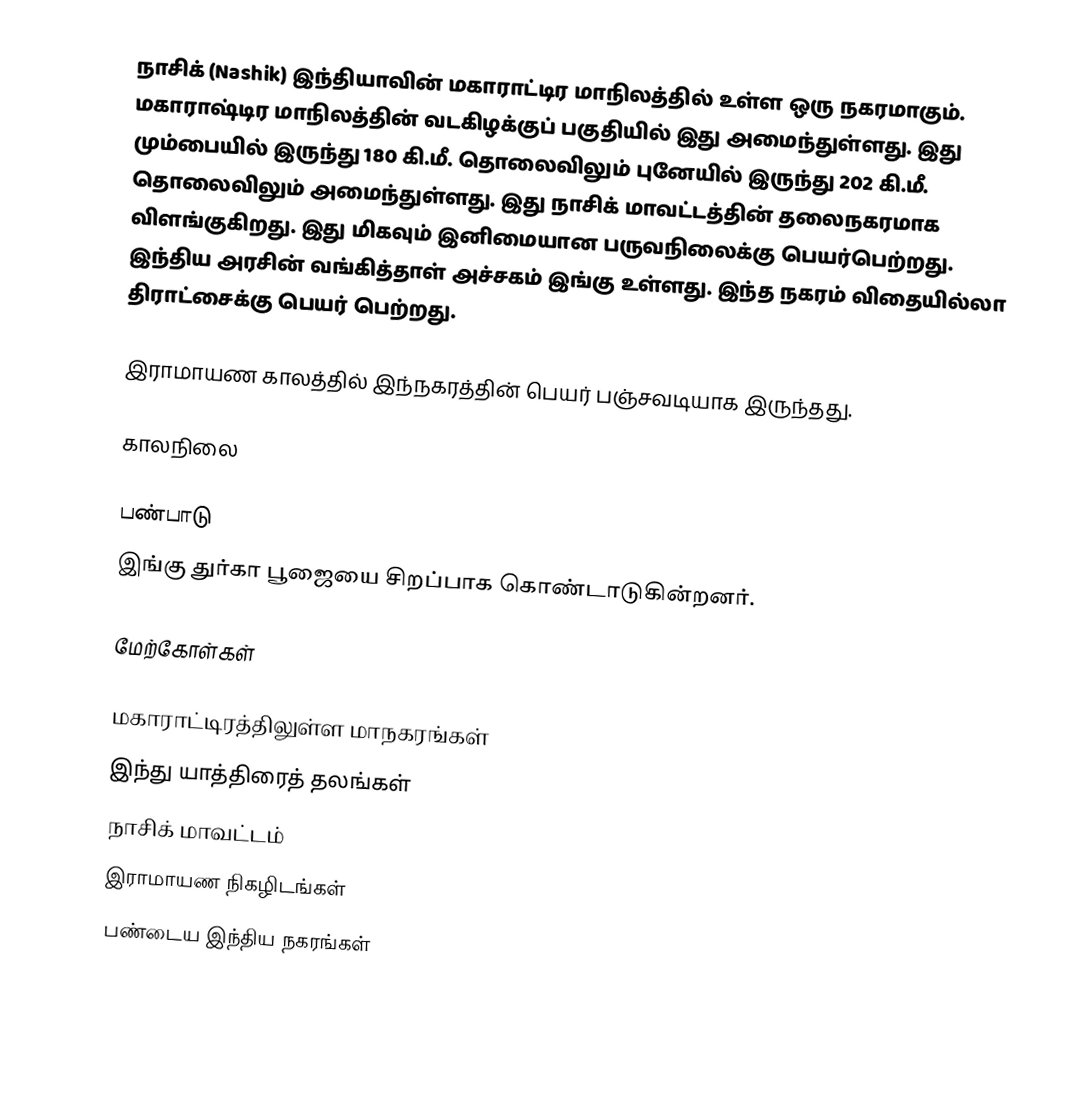
நாசிக் (Nashik) இந்தியாவின் மகாராட்டிர மாநிலத்தில் உள்ள ஒரு நகரமாகும். மகாராஷ்டிர மாநிலத்தின் வடகிழக்குப் பகுதியில் இது அமைந்துள்ளது. இது மும்பையில் இருந்து 180 கி.மீ. தொலைவிலும் புனேயில் இருந்து 202 கி.மீ. தொலைவிலும் அமைந்துள்ளது. இது நாசிக் மாவட்டத்தின் தலைநகரமாக விளங்குகிறது. இது மிகவும் இனிமையான பருவநிலைக்கு பெயர்பெற்றது. இந்திய அரசின் வங்கித்தாள் அச்சகம் இங்கு உள்ளது. இந்த நகரம் விதையில்லா திராட்சைக்கு பெயர் பெற்றது.

இராமாயண காலத்தில் இந்நகரத்தின் பெயர் பஞ்சவடியாக இருந்தது.

காலநிலை

பண்பாடு
இங்கு துர்கா பூஜையை சிறப்பாக கொண்டாடுகின்றனர்.

மேற்கோள்கள்

மகாராட்டிரத்திலுள்ள மாநகரங்கள்
இந்து யாத்திரைத் தலங்கள்
நாசிக் மாவட்டம்
இராமாயண நிகழிடங்கள்
பண்டைய இந்திய நகரங்கள்